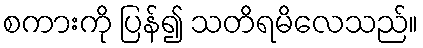
စကားကို ပြန်၍ သတိရမိလေသည်။